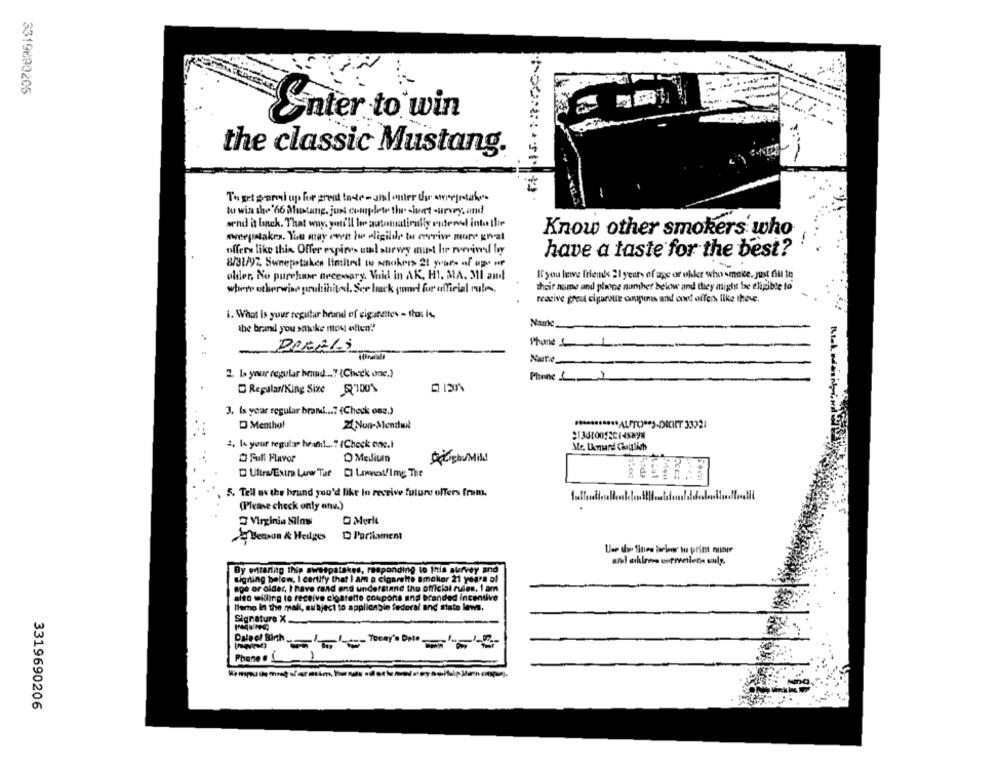
3319890206
Enter to win
the classic Mustang.
To get sorul up for great tate - and enter der ensejrtak
tu wine the '66 Mustang. juni complete the wuert -urvey, and
send it banck. That way, you'll le automatically rutenof into llie
Know other smokers who
sweepstakes. You may even tu eligilde tu roerive more great
offers like this Offer espires und survey must his period ly
have a taste for the best?
8/31/97. Sweepstakes linthed wu smokers 21 years of age of
older, No purchase necessary. Vid in AK. HI. MA. 31 and
If you lere friend's 21 years of age or older who smoke. Just Gul it
their name and phone number below and they might be eligible to
where otherwise prohibited. See back panel for official rule,
reacive gret cigarette coupons and onet offers, like thew.
1. What is your regutur hrani of cigarettes - that is,
Name
the brand you smoke mou often"'
Phone LL
-
Nale
2. L your regular head ... 7 (Check one.)
Phone L-
Regular/King Size 5100'
3. Is your regular brand ...? (Check one.)
D Menthol
22Non-Sendwit
*********** ALSTO ** S-DICIET 33221
4. (+ your regular hrand ...? (Check onc.t
Mr. LAmand Gouiich
O Full Flavor
D Medium
DU ghe/Mild
Ultra/Extra Law Tue CI LowestfImg The
5. Tell us the brand you'd like to receive future offers fram.
(Please check only anv.)
Virginia Films
O Merle
Benson & Hedges
Parliament
Use de Sities barbeor to print ninie
By entering this swotpatakes, responding to this survey and
signing below. I certify that I am a cigarette Bmoktor 21 years of
age or older, I have rand and understand the official rules. 1 &m
sito willing to receive cigarette coupons and branded incentive
llerho in the malt, subject to applicable federal and state lews.
Signature X.
Dale el Birth.
1
Phone . !
3319690206